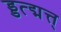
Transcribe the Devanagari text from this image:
ड्डत्द्मत्त्